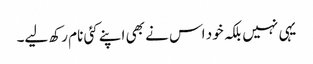
یہی نہیں بلکہ خود اس نے بھی اپنے کئی نام رکھ لیے۔